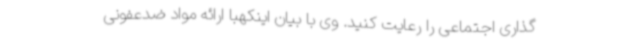
گذاری اجتماعی را رعایت کنید. وی با بیان اینکهبا ارائه مواد ضدعفونی